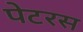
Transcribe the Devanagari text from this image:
पेटरस